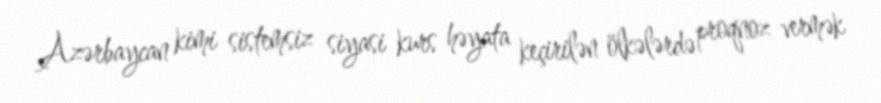
Azərbaycan kimi sistemsiz siyasi kurs həyata keçirilən ölkələrdə proqnoz vermək